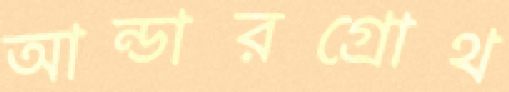
আন্ডারগ্রোথ